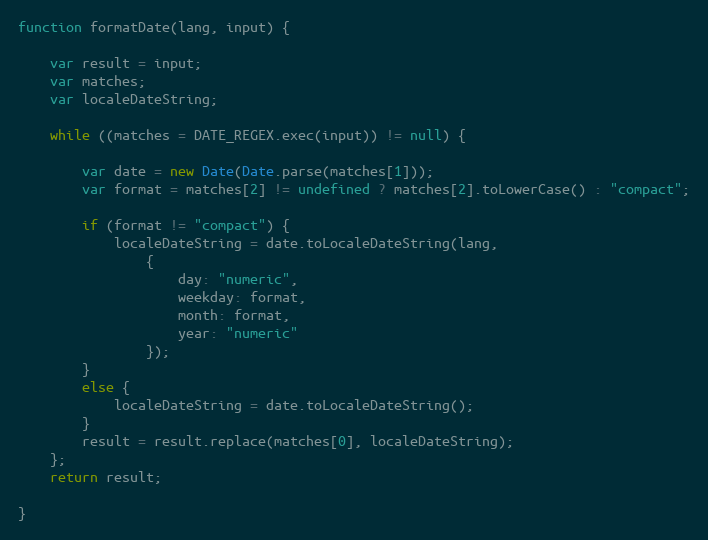
Language: JavaScript
function formatDate(lang, input) {

	var result = input;
	var matches;
	var localeDateString;

	while ((matches = DATE_REGEX.exec(input)) != null) {

		var date = new Date(Date.parse(matches[1]));
		var format = matches[2] != undefined ? matches[2].toLowerCase() : "compact";

		if (format != "compact") {
			localeDateString = date.toLocaleDateString(lang,
				{
					day: "numeric",
					weekday: format,
					month: format,
					year: "numeric"
				});
		}
		else {
			localeDateString = date.toLocaleDateString();
		}
		result = result.replace(matches[0], localeDateString);
	};
	return result;

}